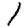
Digit: 1